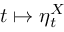
t \mapsto \eta _ { t } ^ { X }